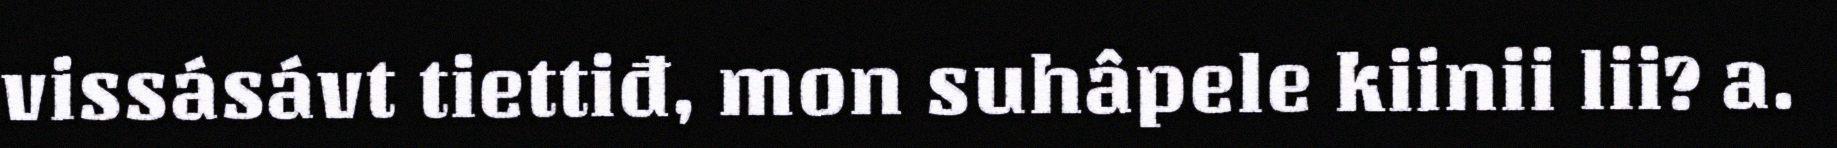
vissásávt tiettiđ, mon suhâpele kiinii lii? a.